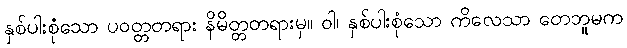
နှစ်ပါးစုံသော ပဝတ္တတရား နိမိတ္တတရားမှ။ ဝါ၊ နှစ်ပါးစုံသော ကိလေသာ တေဘူမက